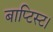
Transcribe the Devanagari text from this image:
बाप्टिस्ट।